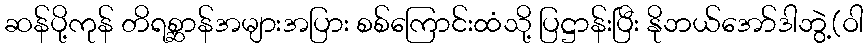
ဆန်ပို့ကုန် တိရစ္ဆာန်အများအပြား စစ်ကြောင်းထံသို့ ပြဋ္ဌာန်းပြီး နိုဘယ်အော်ဒါဘွဲ့(ဝါ